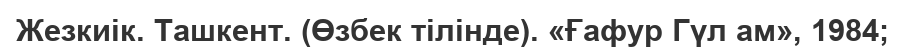
Жезкиік. Ташкент. (Өзбек тілінде). «Ғафур Гүл ам», 1984;